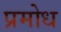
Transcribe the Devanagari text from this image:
प्रमोध